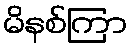
မိနစ်ကြာ